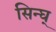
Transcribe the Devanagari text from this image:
सिन्घ्